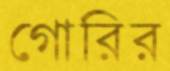
গোরির